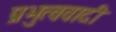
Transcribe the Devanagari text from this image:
प्रभुत्ववादी